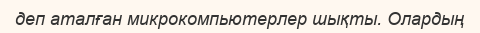
деп аталған микрокомпьютерлер шықты. Олардың